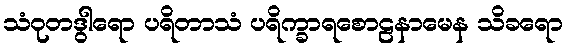
သံဝုတဒွါရော ပရိတာသံ ပရိက္ခာရစောဠနာမေန သိခရော